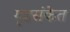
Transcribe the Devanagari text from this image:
गृहसंकेत